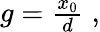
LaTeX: \begin{array}{r}{g=\frac{x_{0}}{d}\; ,}\end{array}